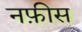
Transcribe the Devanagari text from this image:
नफ़ीस